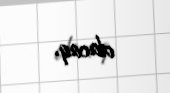
olacaq.